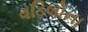
વડિલોના